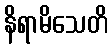
နိရာမိသေတိ